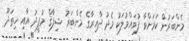
މެންބަރުން ކަމަށްވާ ފުވައްމުލަކު މެދު ދާއިރާގެ މެންބަރު ޝިފާޤް މުފީދު އާއި ހިތަދޫ